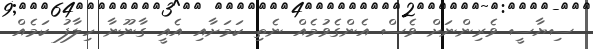
ސިޔާސީ ވެރިންނަށް ވެސް އެންގެވުމެއް ނެތި ކަމަށާއި އެއީ ގާނޫނާ ހިލާފު ކަމެއް